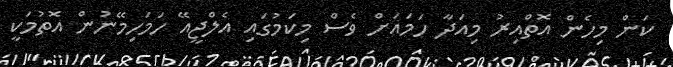
ކަން މިހެން އޮތްއިރު މިއަދާ ހަމައަށް ވެސް މިކަމުގައި އެލްޖީއޭ ހަމަހިމޭނުން އޮތުމަކީ